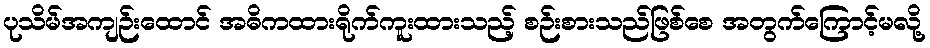
ပုသိမ်အကျဉ်းထောင် အဓိကထားရိုက်ကူးထားသည့် စဉ်းစားသည်ဖြစ်စေ အတွက်ကြောင့်မလို့